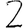
Digit: 2